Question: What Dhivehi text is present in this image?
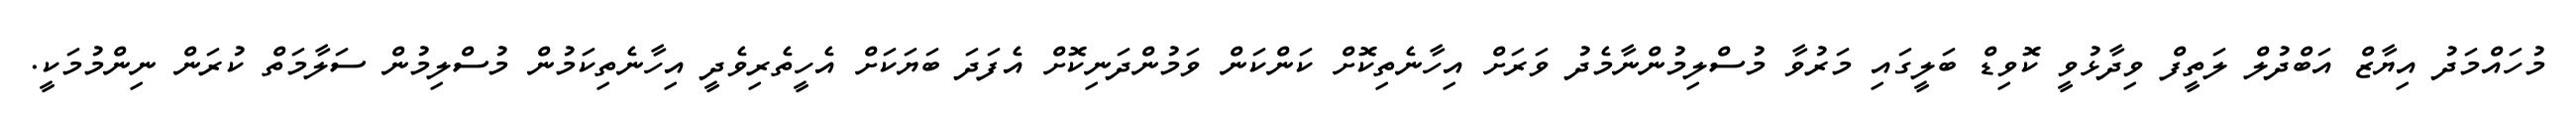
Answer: މުހައްމަދު އިޔާޒް އަބްދުލް ލަތީފް ވިދާޅުވީ ކޮވިޑް ބަލީގައި މަރުވާ މުސްލިމުންނާމެދު ވަރަށް އިހާނެތިކޮށް ކަންކަން ވަމުންދަނިކޮށް އެފަދަ ބަޔަކަށް އެހީތެރިވެދީ އިހާނެތިކަމުން މުސްލިމުން ސަލާމަތް ކުރަން ނިންމުމަކީ.